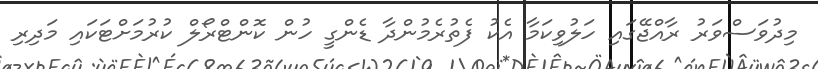
މިދުވަސްވަރު ރާއްޖޭގައި ހަލުވިކަމާ އެކު ފެތުރެމުންދާ ޑެންގީ ހުން ކޮންޓްރޯލް ކުރުމަށްޓަކައި މަދިރި